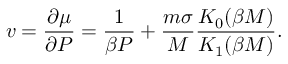
v = \frac { \partial \mu } { \partial P } = \frac { 1 } { \beta P } + \frac { m \sigma } { M } \frac { K _ { 0 } ( \beta M ) } { K _ { 1 } ( \beta M ) } .